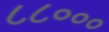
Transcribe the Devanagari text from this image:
८८०००